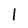
Character: 1